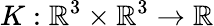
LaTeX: K:\mathbb{R}^{3}\times\mathbb{R}^{3}\rightarrow\mathbb{R}